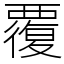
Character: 覆